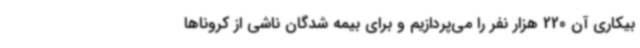
بیکاری آن 220 هزار نفر را می‌پردازیم و برای بیمه شدگان ناشی از کروناها